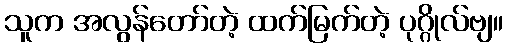
သူက အလွန်တော်တဲ့ ထက်မြက်တဲ့ ပုဂ္ဂိုလ်ဗျ။